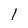
Character: I